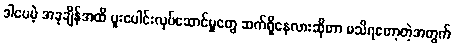
ဒါပေမဲ့ အခုချိန်အထိ ပူးပေါင်းလုပ်ဆောင်မှုတွေ ဆက်ရှိနေလားဆိုတာ မသိရတော့တဲ့အတွက်